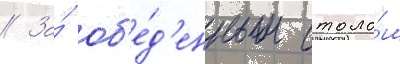
// За́ об'е́д'енным столо́м